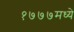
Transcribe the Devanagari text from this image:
१७७७मध्ये